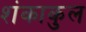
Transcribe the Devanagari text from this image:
शंकाकुल